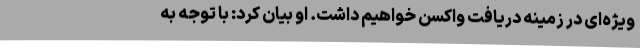
ویژه‌ای در زمینه دریافت واکسن خواهیم داشت. او بیان کرد: با توجه به